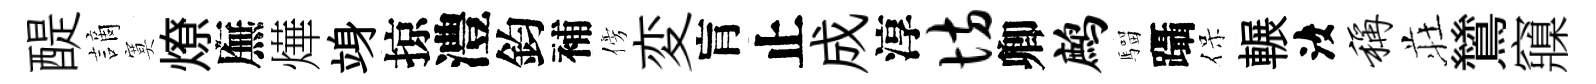
醍謫寞燎廡燁竧掠澧鈞補傍変肓止成淳坊卿鹧騮躡保輾汝称荘鷥䆿